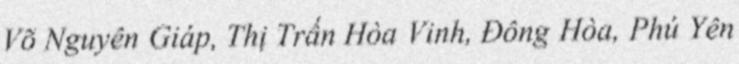
Võ Nguyên Giáp, Thị Trấn Hòa Vinh, Đông Hòa, Phú Yên